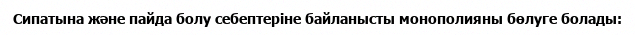
Сипатына және пайда болу себептеріне байланысты монополияны бөлуге болады: